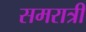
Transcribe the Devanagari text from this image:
समरात्री